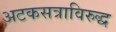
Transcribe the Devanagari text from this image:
अटकसत्राविरुद्ध